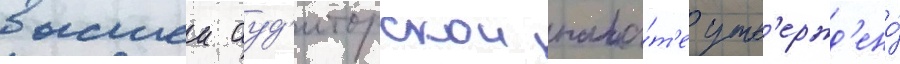
высшеи ауд'иторскои пала́т'е утв'ержд'ено́